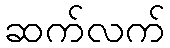
ဆက်လက်